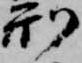
刑